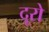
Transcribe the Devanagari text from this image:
दूरो